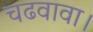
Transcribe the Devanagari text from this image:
चढवावा।